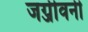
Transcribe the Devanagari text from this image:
जग्जीवनी